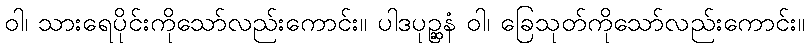
ဝါ၊ သားရေပိုင်းကိုသော်လည်းကောင်း။ ပါဒပုဉ္ဆနံ ဝါ၊ ခြေသုတ်ကိုသော်လည်းကောင်း။